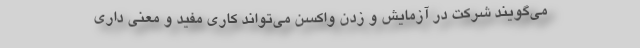
می‌گویند شرکت در آزمایش و زدن واکسن می‌تواند کاری مفید و معنی داری